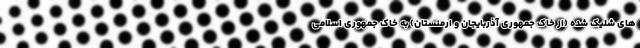
های شلیک شده (از خاک جمهوری آذربایجان و ارمنستان) به خاک جمهوری اسلامی